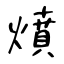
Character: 燌